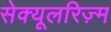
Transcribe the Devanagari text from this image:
सेक्यूलरिज़्म